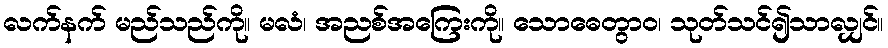
လက်နက် မည်သည်ကို။ မလံ၊ အညစ်အကြေးကို။ သောဓေတွာဝ၊ သုတ်သင်၍သာလျှင်။